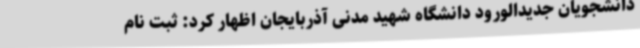
دانشجویان جدیدالورود دانشگاه شهید مدنی آذربایجان اظهار کرد: ثبت نام